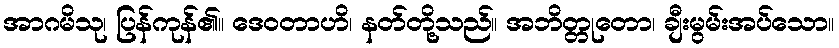
အာဂမိသု၊ ပြန်ကုန်၏။ ဒေဝတာဟိ၊ နတ်တို့သည်။ အဘိတ္တုတော၊ ချီးမွမ်းအပ်သော။